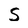
Character: S